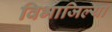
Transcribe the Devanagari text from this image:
विभाजिल्या